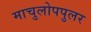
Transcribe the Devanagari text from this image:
माचुलोपपुलर